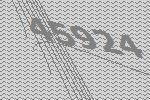
45924